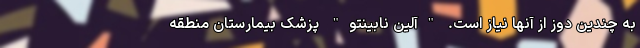
به چندین دوز از آنها نیاز است. "آلین نابینتو" پزشک بیمارستان منطقه